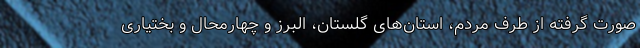
صورت گرفته از طرف مردم، استان‌های گلستان، البرز و چهارمحال و بختیاری